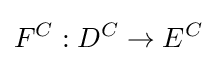
F^{C}:D^{C}\to E^{C}